Vaccination in Bombay 1874-1876 - 1874-1876
Year: 1874
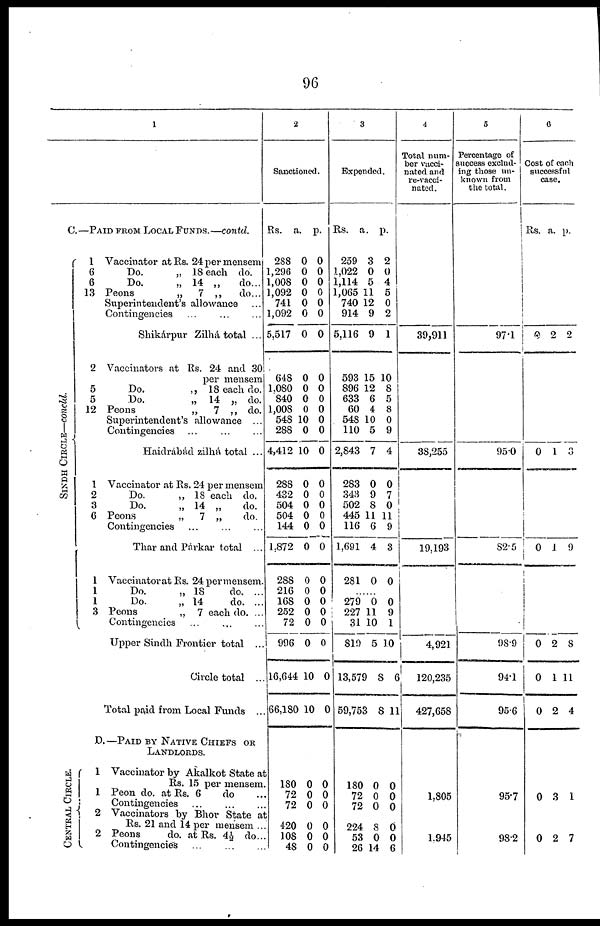
96
1
C.—PAID FROM LOCAL FUNDS.—contd.
SINDH CIRCLE—concld.
CENTRAL CIRCLE.
1 Vaccinator at Rs. 24 per mensem
6
Do.
„ 18 each do.
6
Do.
„ 14 „
do...
13 Peons
„
7 „
do...
Superintendent's allowance ...
Contingencies ... ... ...
Shikárpur Zilhá total ...
2 Vaccinators at Rs. 24 and 30
per mensem
5
Do.
„ 18 each do.
5
Do.
„ 14 „ do.
12 Peons
„
7 „ do.
Superintendent's allowance ...
Contingencies ... ... ...
Haidrábád zilhá total ...
1 Vaccinator at Rs. 24 per mensem
2
Do.
„ 18 each do.
3
Do.
„ 14 „
do.
6 Peons
„
7 „
do.
Contingencies ... ... ...
Thar and Párkar total ...
1 Vaccinator at Rs. 24 per mensem.
1
Do.
„ 18
do. ...
1
Do.
„ 14
do. ...
3 Peons
„ 7 each do. ...
Contingencies ... ... ...
Upper Sindh Frontier total ...
Circle total ...
Total paid from Local Funds ...
D.—PAID BY NATIVE CHIEFS OR
LANDLORDS.
1 Vaccinator by Akalkot State at
Rs. 15 per mensem.
1 Peon do. at Rs. 6
do ...
Contingencies
...
...
...
2 Vaccinators by Bhor State at
Rs. 21 and 14 per mensem ...
2 Peons
do. at Rs. 4½ do...
Contingencies ... ... ...
2
Sanctioned.
Rs.
288
1,296
1,008
1,092
741
1,092
5,517
648
1,080
840
1,008
548
288
4,412
288
432
504
504
144
1,872
288
216
168
252
72
996
16,644
66,180
a.
0
0
0
0
0
0
0
0
0
0
0
10
0
10
0
0
0
0
0
0
0
0
0
0
0
0
10
10
p.
0
0
0
0
0
0
0
0
0
0
0
0
0
0
0
0
0
0
0
0
0
0
0
0
0
0
0
0
180
72
72
420
108
48
0
0
0
0
0
0
0
0
0
0
0
0
3
Expended.
Rs.
259
1,022
1,114
1,065
740
914
5,116
593
896
633
60
548
110
2,843
283
343
502
445
116
1,691
281
a.
3
0
5
11
12
9
9
15
12
6
4
10
5
7
0
9
8
11
6
4
0
p.
2
0
4
5
0
2
1
10
8
5
8
0
9
4
0
7
0
11
9
3
0
......
279
227
31
819
13,579
59,753
0
11
10
5
8
8
0
9
1
10
6
11
180
72
72
224
53
26
0
0
0
8
0
14
0
0
0
0
0
6
4
Total num-
ber vacci-
nated and
re-vacci-
nated.
39,911
38,255
19,193
4,921
120,235
427,658
1,805
1,945
5
Percentage of
success exclud-
ing those un-
known from
the total.
97.1
95.0
82.5
98.9
94.1
95.6
95.7
98.2
6
Cost of each
successful
case.
Rs. a. p.
0 2 2
0 1 3
0 1 9
0
0
0
2
1
2
8
11
4
0 3 1
0 2 7